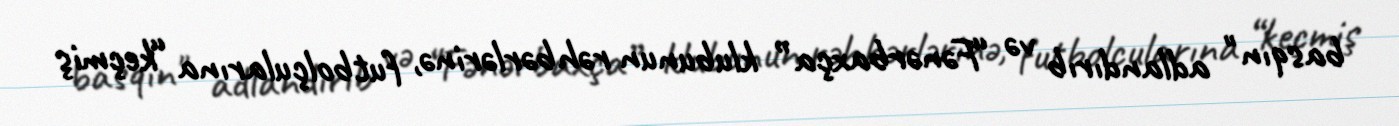
basqın" adlandırıb və “Fənərbaxça” klubunun rəhbərlərinə, futbolçularına “keçmiş